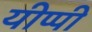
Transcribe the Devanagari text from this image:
यीप्पी